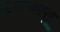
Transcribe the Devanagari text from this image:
पुरावस्तू